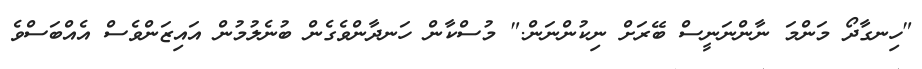
"ހިނގާދޯ މަންމަ ނާންނަނީސް ބޭރަށް ނިކުންނަން." މުސްކާން ހަނދާންވެގެން ބުނެލުމުން އައިޒަންވެސް އެއްބަސްވެ